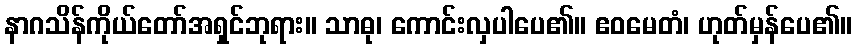
နာဂသိန်ကိုယ်တော်အရှင်ဘုရား။ သာဓု၊ ကောင်းလှပါပေ၏။ ဧဝမေတံ၊ ဟုတ်မှန်ပေ၏။